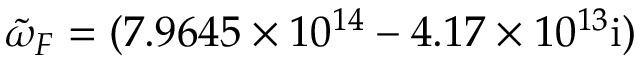
\tilde { \omega } _ { F } = ( 7 . 9 6 4 5 \times 1 0 ^ { 1 4 } - 4 . 1 7 \times 1 0 ^ { 1 3 } \mathrm { { i } ) }